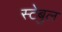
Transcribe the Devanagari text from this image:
स्टेबुल